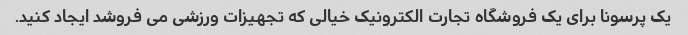
یک پرسونا برای یک فروشگاه تجارت الکترونیک خیالی که تجهیزات ورزشی می فروشد ایجاد کنید.